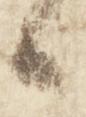
候